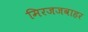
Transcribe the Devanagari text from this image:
मिरजजवाहर